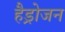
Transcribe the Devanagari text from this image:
हैड्रोजन